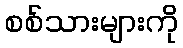
စစ်သားများကို